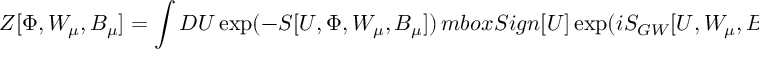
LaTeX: Z [ \Phi , W _ { \mu } , B _ { \mu } ] = \int { \cal D } U \exp ( - S [ U , \Phi , W _ { \mu } , B _ { \mu } ] ) \, m b o x { S i g n } [ U ] \exp ( i S _ { G W } [ U , W _ { \mu } , B _ { \mu } ] ) .